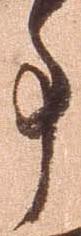
事